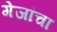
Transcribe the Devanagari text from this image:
गेजांचा